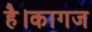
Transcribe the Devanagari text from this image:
है।कागज